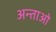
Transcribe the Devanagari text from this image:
अन्ताओ